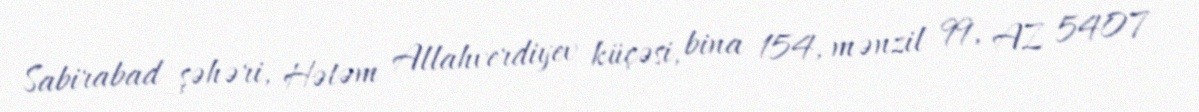
Sabirabad şəhəri, Hətəm Allahverdiyev küçəsi, bina 154, mənzil 99, AZ 5407